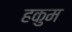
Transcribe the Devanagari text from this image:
हकुम